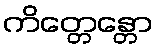
ကိတ္တေန္တော